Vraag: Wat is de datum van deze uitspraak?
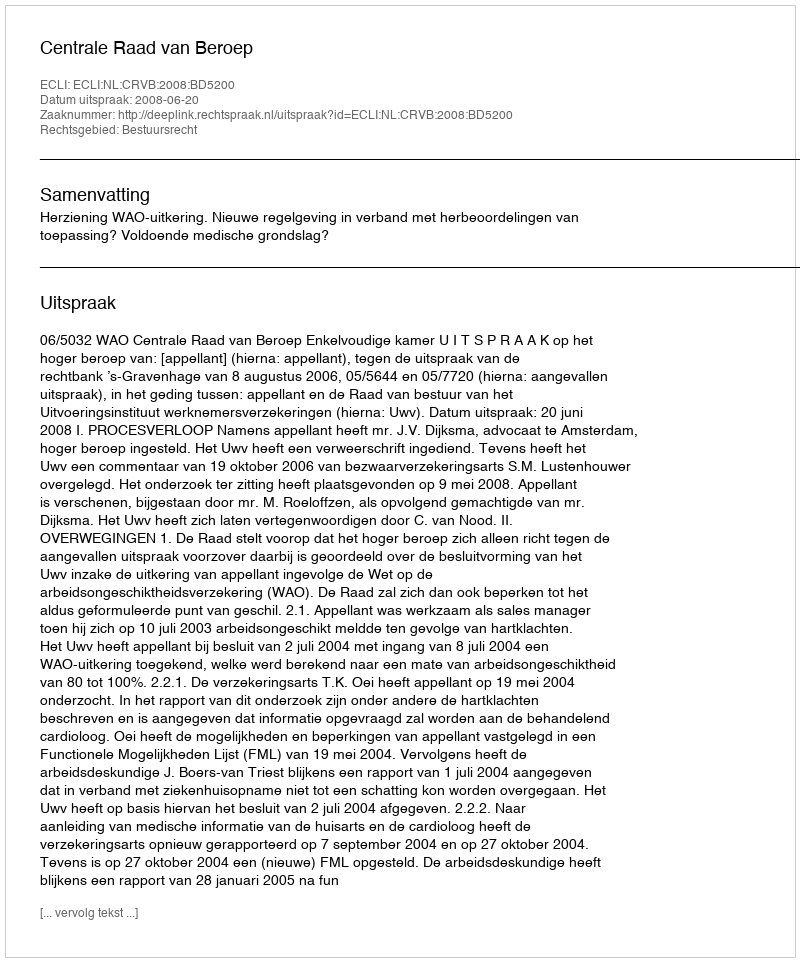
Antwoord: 2008-06-20